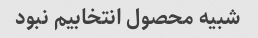
شبیه محصول انتخابیم نبود